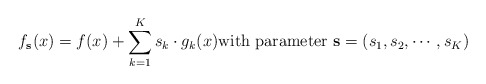
\begin{align*}f_{\mathbf{s}}(x)=f(x)+\sum_{k=1}^{K}s_{k}\cdot g_{k}(x)\mbox{with parameter }\mathbf{s}=(s_{1},s_{2},\cdots,s_{K})\end{align*}